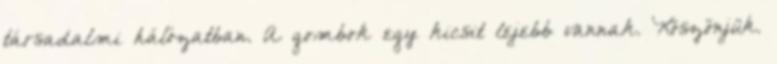
társadalmi hálózatban. A gombok egy kicsit lejebb vannak. Köszönjük.